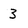
Character: 3